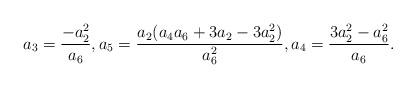
LaTeX: \begin{align*}a_3=\frac{-a_2^2}{a_6},a_5= \frac{a_2(a_4 a_6 + 3 a_2 - 3 a_2^2)}{a_6^2}, a_4=\frac{3 a_2^2 - a_6^2}{a_6}.\end{align*}